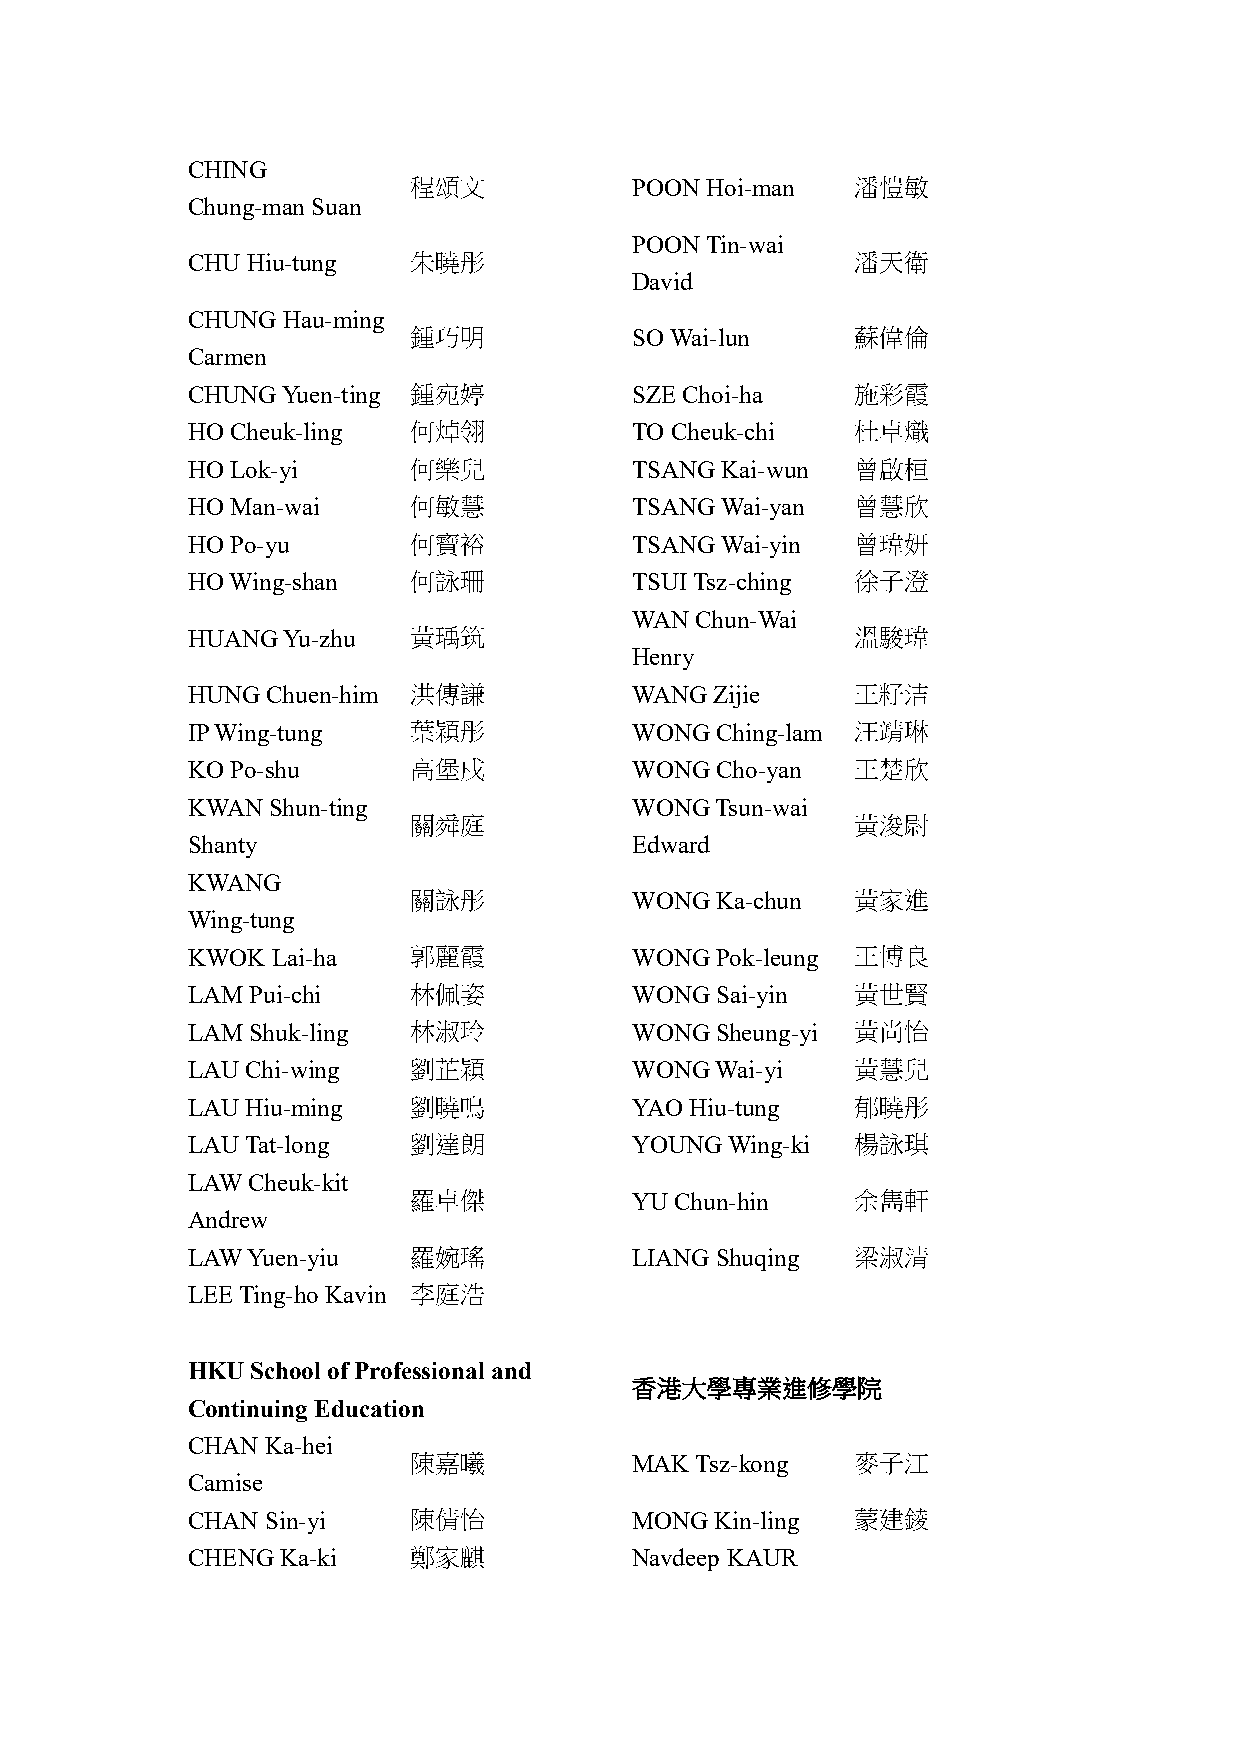
CHING
 程頌文            POON Hoi-man   潘愷敏
 Chung-man Suan
 POON Tin-wai
 CHU Hiu-tung   朱曉彤                           潘天衛
 David
 CHUNG  Hau-ming
 鍾巧明            SO Wai-lun     蘇偉倫
 Carmen
 CHUNG  Yuen-ting 鍾宛婷          SZE Choi-ha    施彩霞
 HO Cheuk-ling  何焯翎            TO Cheuk-chi   杜卓熾
 HO Lok-yi      何樂兒            TSANG Kai-wun  曾啟桓
 HO Man-wai     何敏慧            TSANG Wai-yan  曾慧欣
 HO Po-yu       何寶裕            TSANG Wai-yin  曾瑋妍
 HO Wing-shan   何詠珊            TSUI Tsz-ching 徐子澄
 WAN Chun-Wai
 HUANG  Yu-zhu  黃瑀筑                           溫駿瑋
 Henry
 HUNG  Chuen-him 洪傳謙           WANG Zijie     王籽洁
 IP Wing-tung   葉穎彤            WONG Ching-lam 汪靖琳
 KO Po-shu      高堡戍            WONG Cho-yan   王楚欣
 KWAN  Shun-ting               WONG Tsun-wai
 關舜庭                           黃浚尉
 Shanty                        Edward
 KWANG
 關詠彤            WONG Ka-chun   黃家進
 Wing-tung
 KWOK  Lai-ha   郭麗霞            WONG Pok-leung 王博良
 LAM Pui-chi    林佩姿            WONG Sai-yin   黃世賢
 LAM Shuk-ling  林淑玲            WONG Sheung-yi 黃尚怡
 LAU Chi-wing   劉芷穎            WONG Wai-yi    黃慧兒
 LAU Hiu-ming   劉曉鳴            YAO Hiu-tung   郁曉彤
 LAU Tat-long   劉達朗            YOUNG Wing-ki  楊詠琪
 LAW Cheuk-kit
 羅卓傑            YU Chun-hin    余雋軒
 Andrew
 LAW Yuen-yiu   羅婉瑤            LIANG Shuqing  梁淑清
 LEE Ting-ho Kavin 李庭浩
 HKU  School of Professional and
 香港大學專業進修學院
 Continuing Education
 CHAN  Ka-hei
 陳嘉曦            MAK Tsz-kong   麥子江
 Camise
 CHAN  Sin-yi   陳倩怡            MONG Kin-ling  蒙建錂
 CHENG  Ka-ki   鄭家麒            Navdeep KAUR